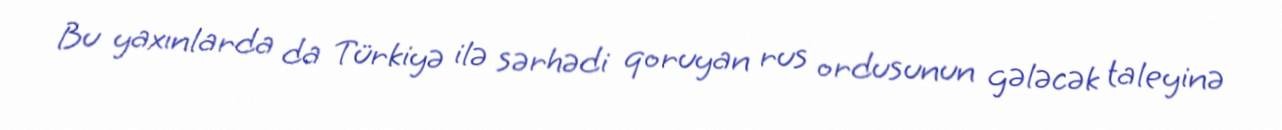
Bu yaxınlarda da Türkiyə ilə sərhədi qoruyan rus ordusunun gələcək taleyinə